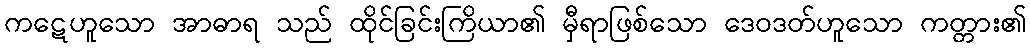
ကဋေဟူသော အာဓာရ သည် ထိုင်ခြင်းကြိယာ၏ မှီရာဖြစ်သော ဒေဝဒတ်ဟူသော ကတ္တား၏